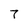
Character: 7